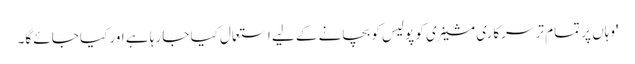
'وہاں پر تمام تر سرکاری مشینری کو پولیس کو بچانے کے لیے استعمال کیا جا رہا ہے اور کیا جائے گا۔